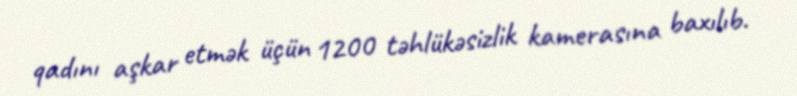
qadını aşkar etmək üçün 1200 təhlükəsizlik kamerasına baxılıb.